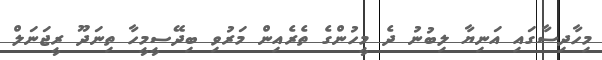
މިހާދިސާގައި އަނިޔާ ލިބުނު ދެ މީހުންގެ ތެރެއިން މަރުވި ބިދޭސީމީހާ ތިނަދޫ ރީޖަނަލް